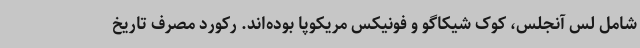
شامل لس آنجلس، کوک شیکاگو و فونیکس مریکوپا بوده‌اند. رکورد مصرف تاریخ